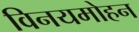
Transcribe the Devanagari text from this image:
विनयमोहन